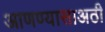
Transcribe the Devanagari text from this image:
आणण्यासाअठी